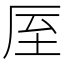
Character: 厔